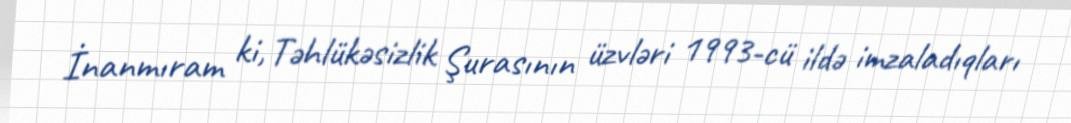
İnanmıram ki, Təhlükəsizlik Şurasının üzvləri 1993-cü ildə imzaladıqları